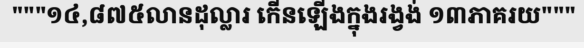
"""១៤,៨៧៥លានដុល្លារ កើនឡើងក្នុងរង្វង់ ១៣ភាគរយ"""